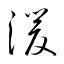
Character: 湲